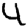
Digit: 4